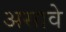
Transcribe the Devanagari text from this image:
असावेे